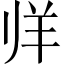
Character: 𱻉